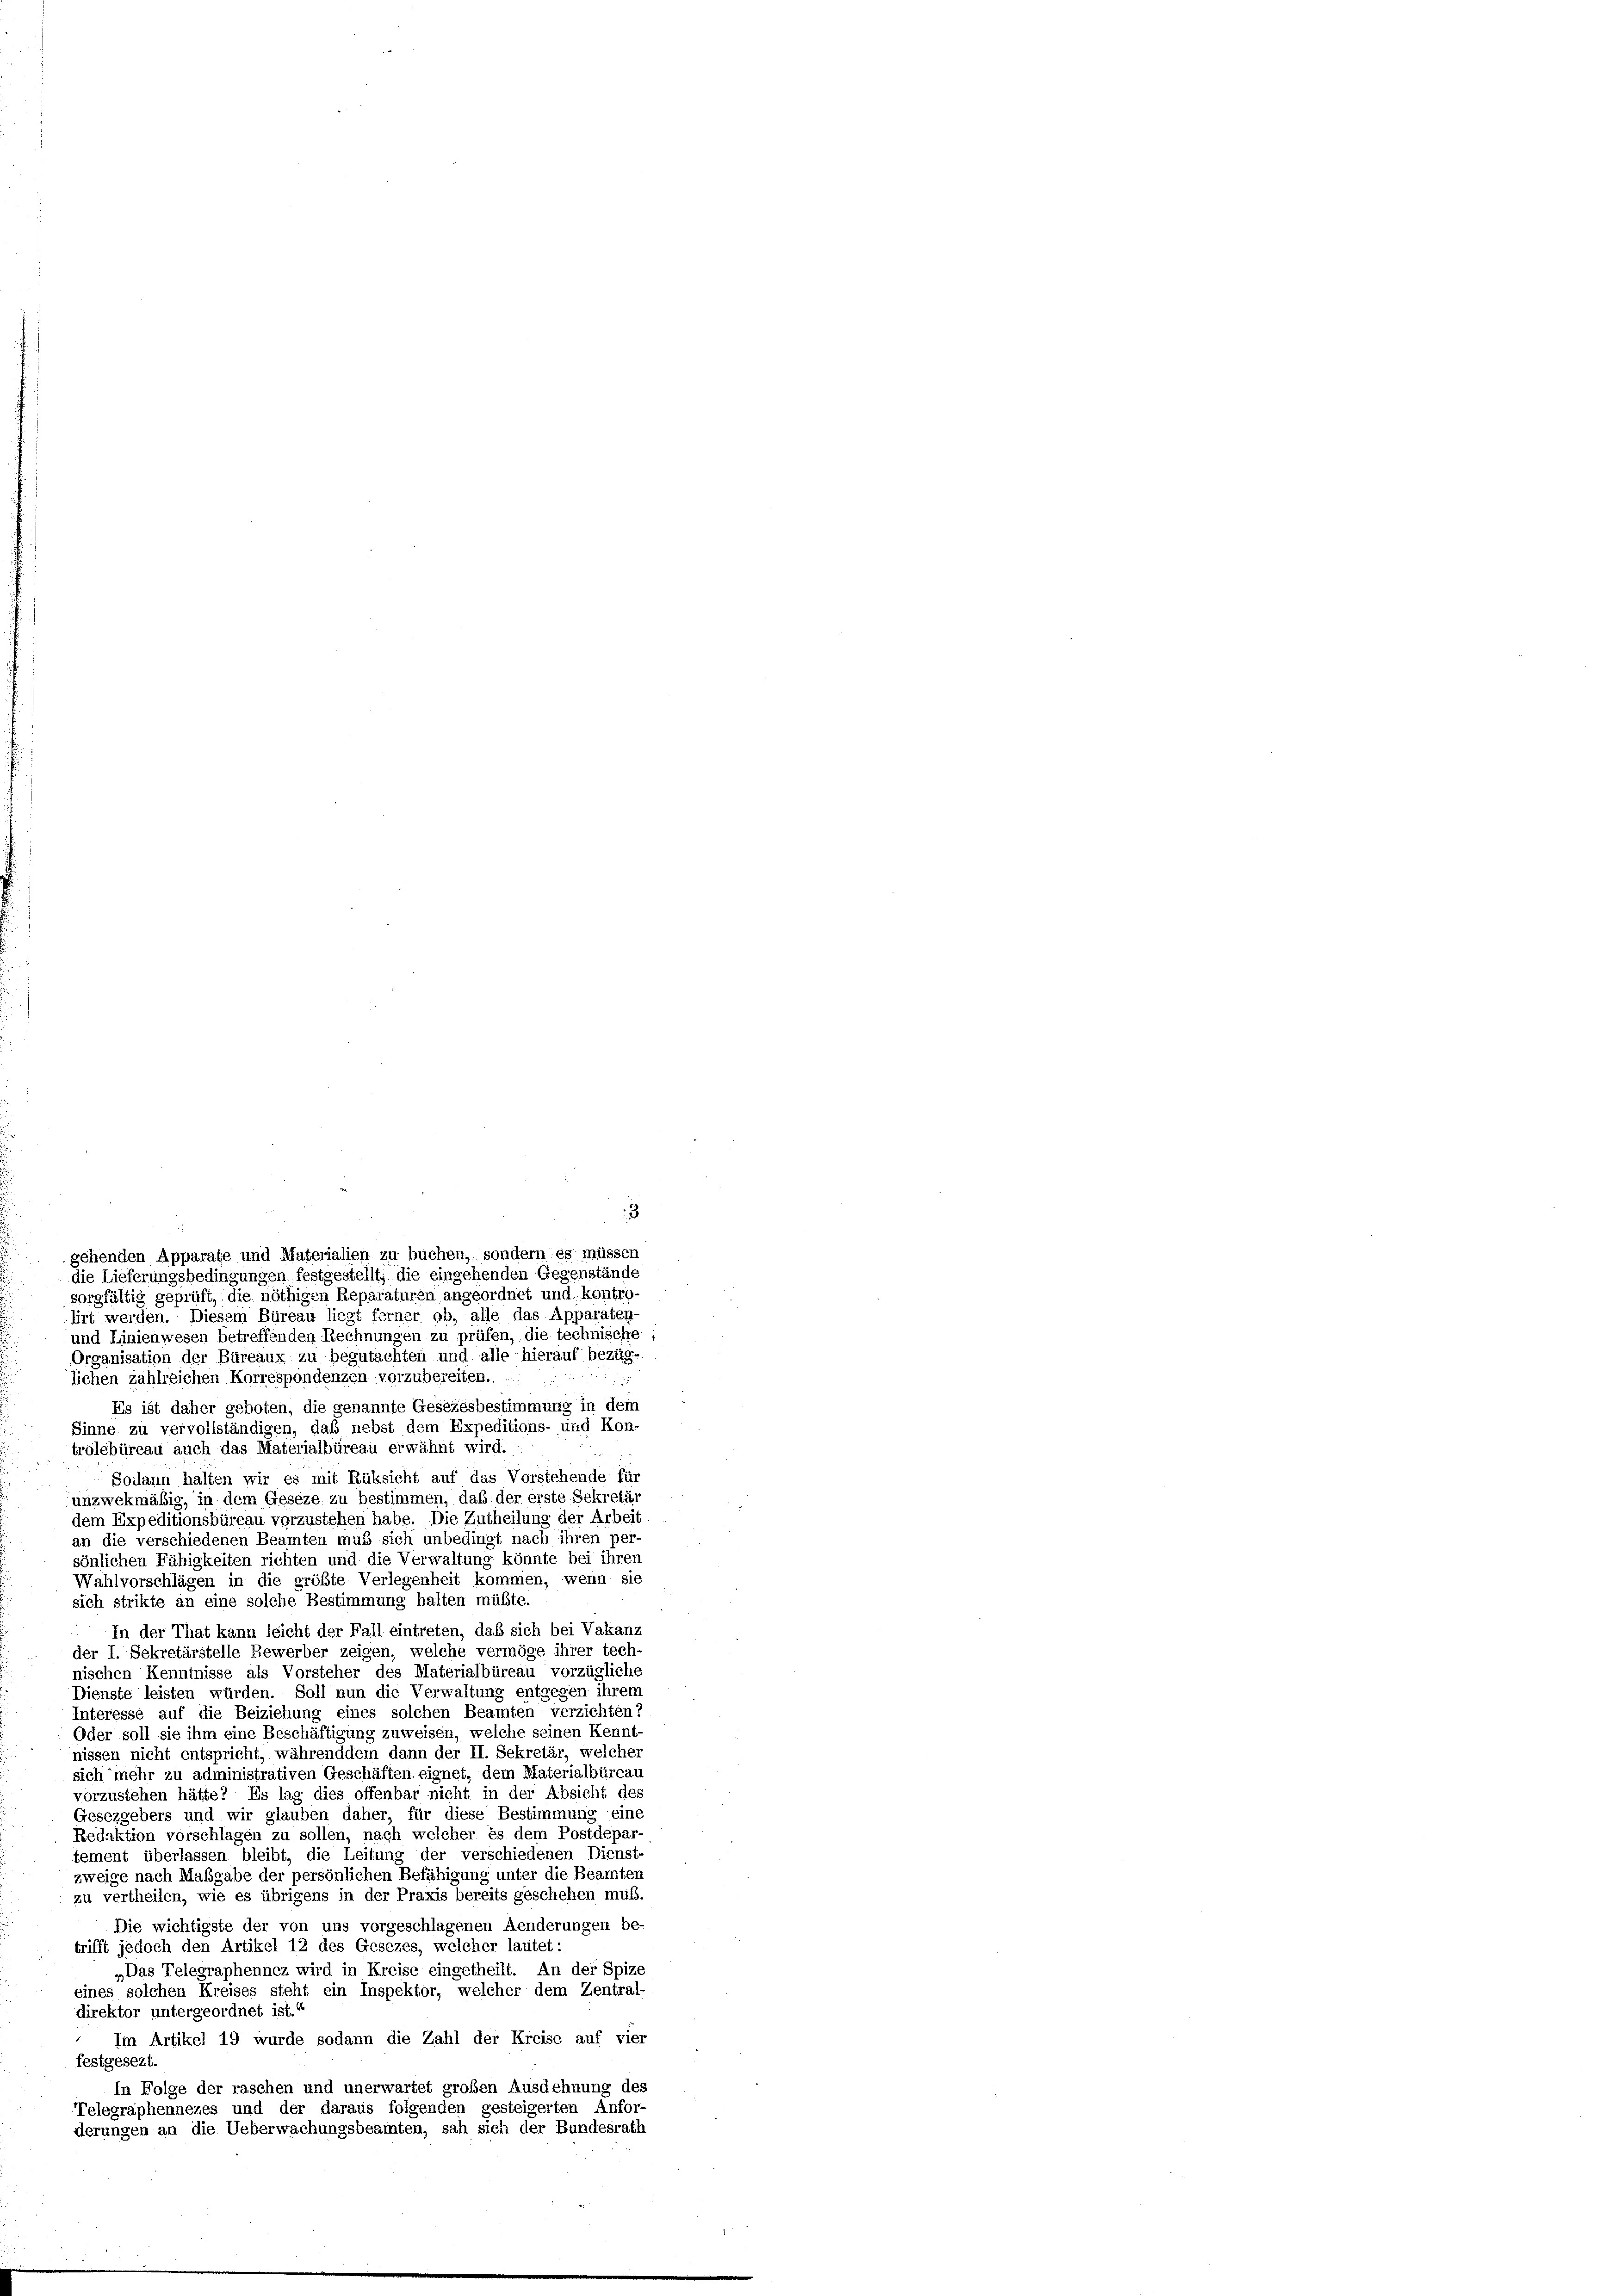
lirt werden. Diesem Büreau liegt ferner ob, alle das Apparaten-
und Linienwesen betreffenden Rechnungen zu prüfen, die technische
Organisation der Büreaux zu begutachten und alle hierauf bezüg-
lichen zahlreichen Korrespondenzen vorzubereiten.
Es ist daher geboten, die genannte Gesezesbestimmung in der
Sinne zu vervollständigen, daß nebst dem Expeditions- und Kon-
trolebüreau auch das Materialbüreau erwähnt wird.
Soilann halten wir es mit Rüksicht auf das Vorstehende für
unzwekmäßig, in dem Geseze zu bestimmen, daß der erste Sekretär
dem Expeditionsbüreau vorzustehen habe. Die Zutheilung der Arbeit
an die verschiedenen Beamten muß sich unbedingt nach ihren per-
sönlichen Fähigkeiten richten und die Verwaltung könnte bei ihren
Wahlvorschlägen in die größte Verlegenheit kommen, wenn sie
sich strikte an eine solche Bestimmung halten müßte.
In der That kann leicht der Fall eintreten, daß sich bei Vakanz
der I. Sekretärstelle Bewerber zeigen, welche vermöge ihrer tech-
nischen Kenntnisse als Vorsteher des Materialbüreau vorzügliche
Dienste leisten würden. Soll nun die Verwaltung entgegen ihrem
Interesse auf die Beiziehung eines solchen Beamten verzichten
Oder soll sie ihm eine Beschäftigung zuweisen, welche seinen Kennt-
nissen nicht entspricht, währenddem dann der II. Sekretär, welcher
sich mehr zu administrativen Geschäften, eignet, dem Materialbüreau
vorzustehen hätte? Es lag dies offenbar nicht in der Absicht des
Gesezgebers und wir glauben daher, für diese Bestimmung eine
Redaktion vorschlagen zu sollen, nach welcher es dem Postdepar
tement überlassen bleibt, die Leitung der verschiedenen Dienst-
zweige nach Maßgabe der persönlichen Befähigung unter die Beamten
zu vertheilen, wie es übrigens in der Praxis bereits geschehen muß.
Die wichtigste der von uns vorgeschlagenen Aenderungen be
trifft jedoch den Artikel 12 des Gesezes, welcher lautet:
„Das Telegraphennez wird in Kreise eingetheilt. An der Spize
eines solchen Kreises steht ein Inspektor, welcher dem Zentral-
direktor untergeordnet ist.“
Im Artikel 19 wurde sodann die Zahl der Kreise auf vier
festgesezt.
In Folge der raschen und unerwartet großen Ausdehnung des
Telegraphennezes und der daraus folgenden gesteigerten Anfor-
derungen an die Ueberwachungsbeamten, sah sich der Bundesrath

3
gehenden Apparate und Materialien zu buchen, sondern es müssen
die Lieferungsbedingungen festgestellt, die eingehenden Gegenstände
sorgfältig geprüft, die nöthigen Reparaturen angeordnet und, kontro-